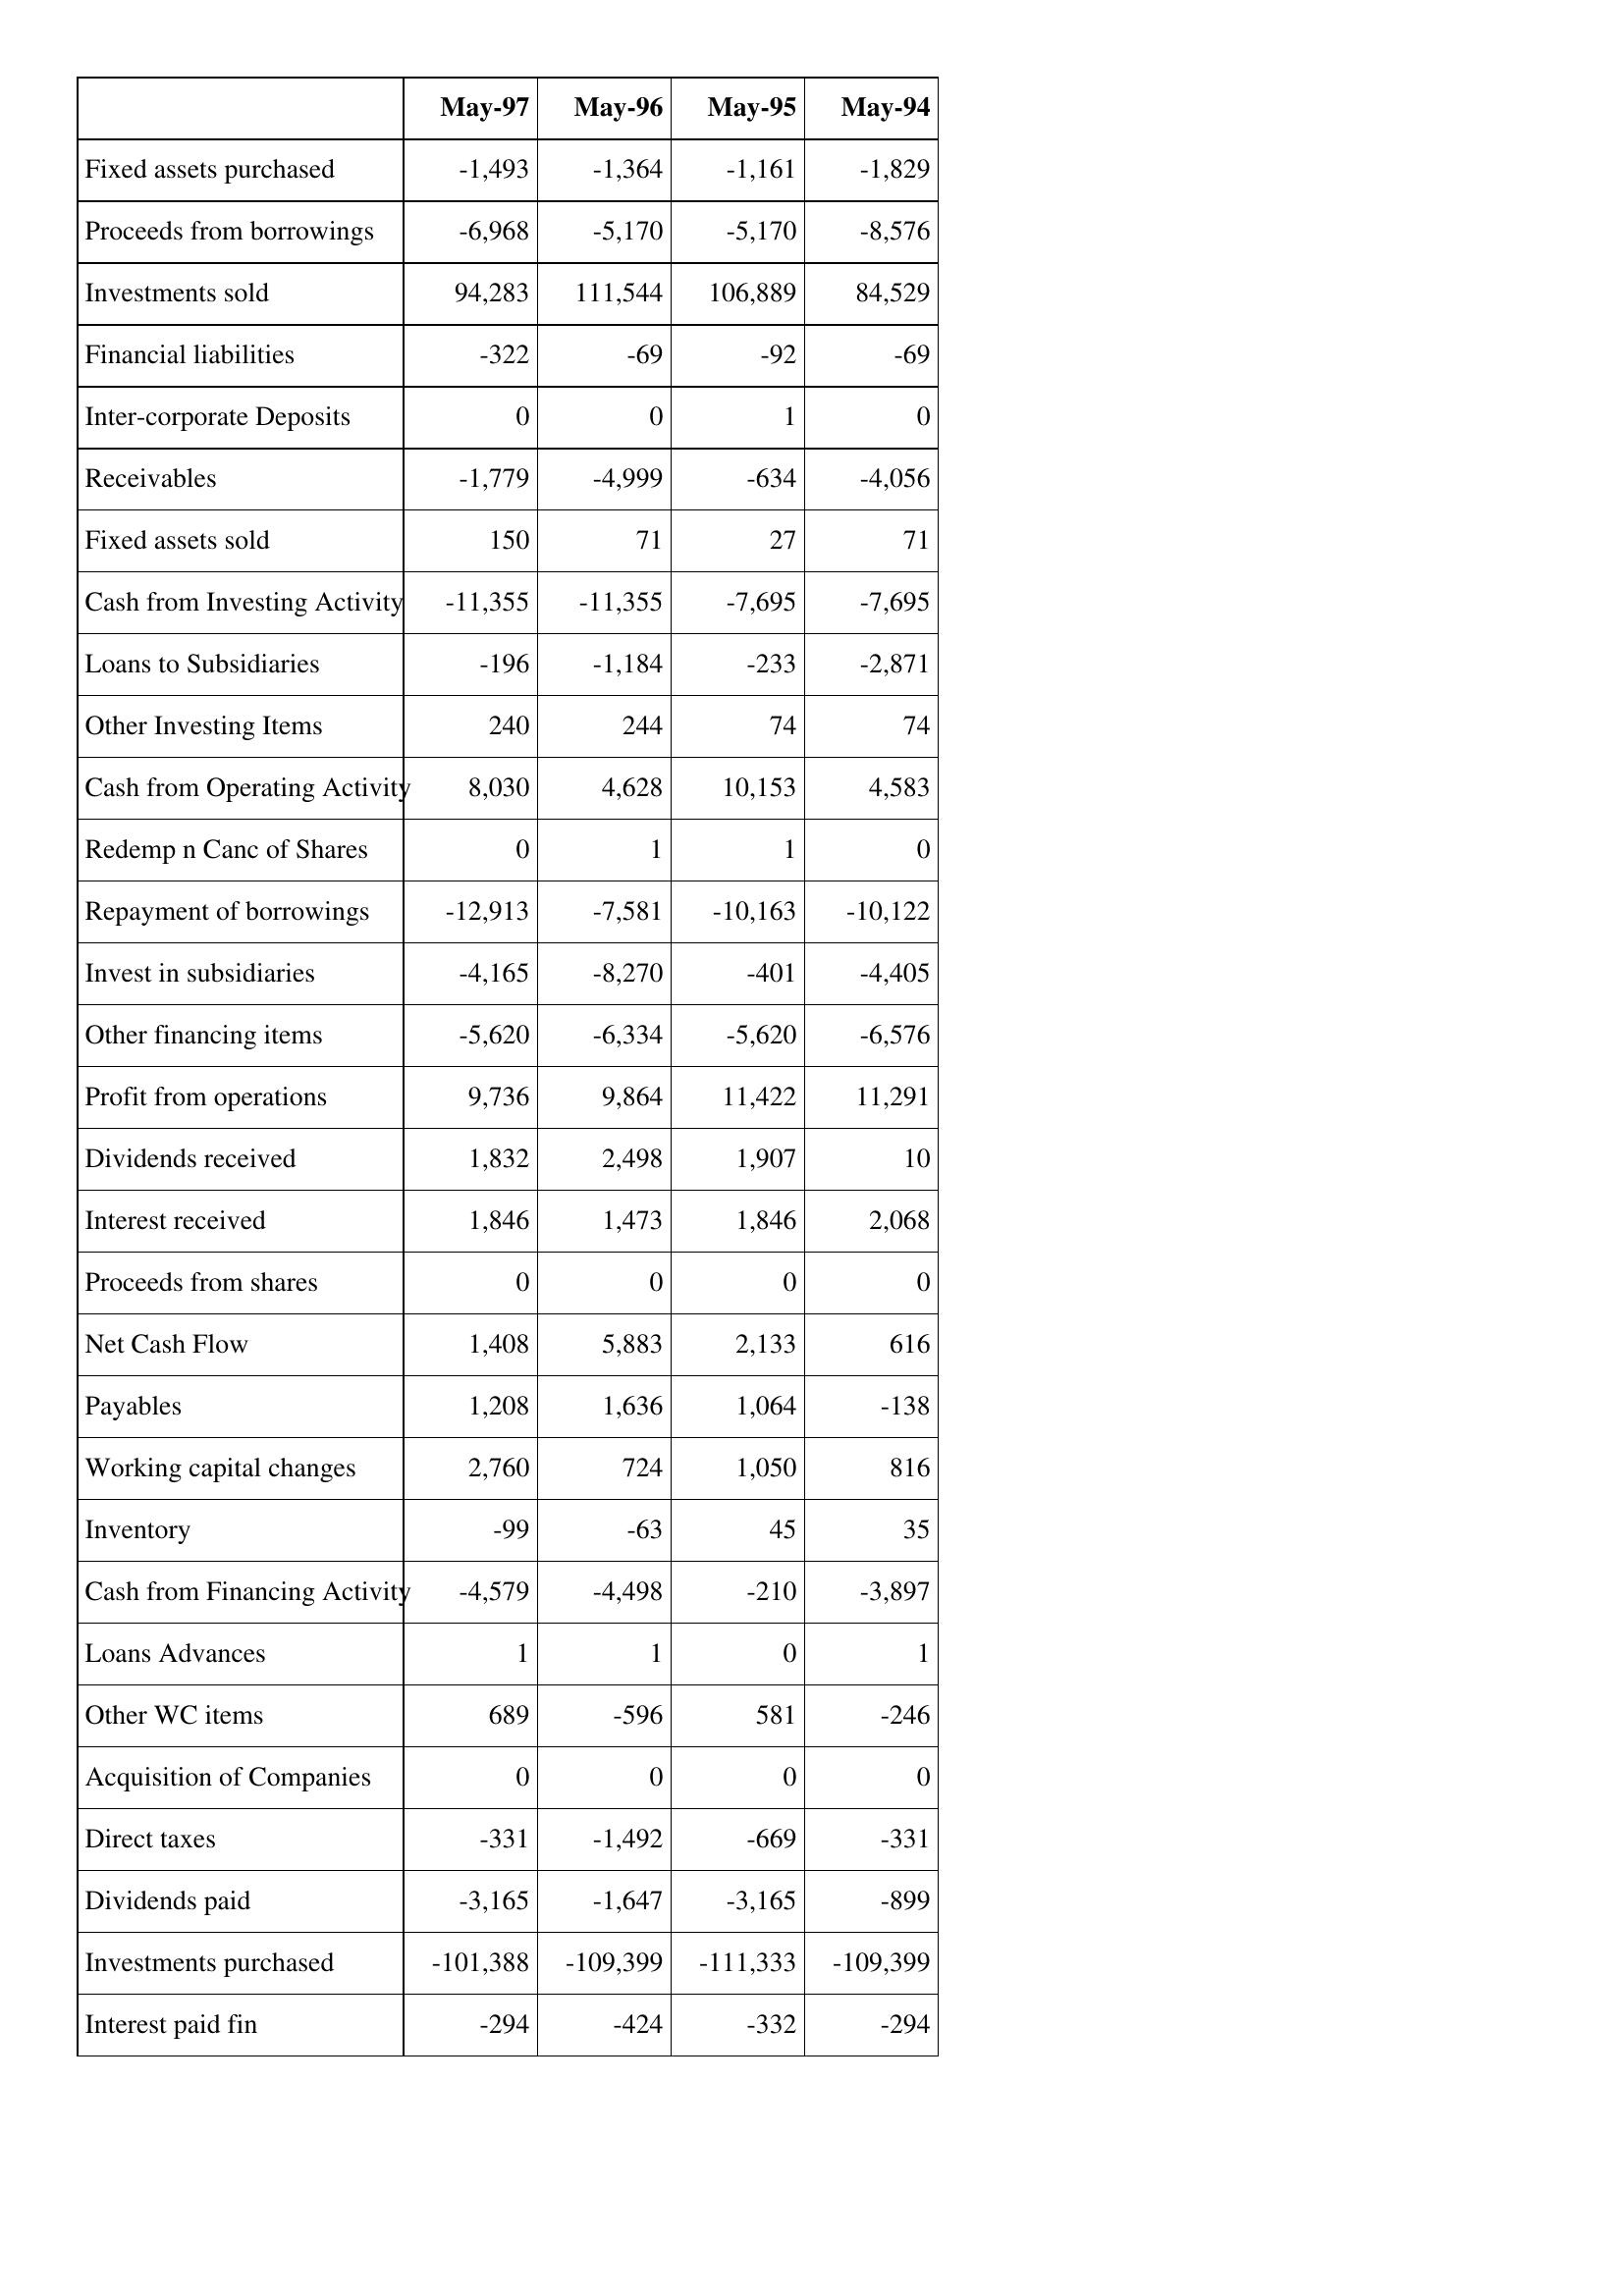
May-97: Cash Flows: Fixed assets purchased: -1,493
Proceeds from borrowings: -6,968
Investments sold: 94,283
Financial liabilities: -322
Inter-corporate Deposits: 0
Receivables: -1,779
Fixed assets sold: 150
Cash from Investing Activity: -11,355
Loans to Subsidiaries: -196
Other Investing Items: 240
Cash from Operating Activity: 8,030
Redemp n Canc of Shares: 0
Repayment of borrowings: -12,913
Invest in subsidiaries: -4,165
Other financing items: -5,620
Profit from operations: 9,736
Dividends received: 1,832
Interest received: 1,846
Proceeds from shares: 0
Net Cash Flow: 1,408
Payables: 1,208
Working capital changes: 2,760
Inventory: -99
Cash from Financing Activity: -4,579
Loans Advances: 1
Other WC items: 689
Acquisition of Companies: 0
Direct taxes: -331
Dividends paid: -3,165
Investments purchased: -101,388
Interest paid fin: -294
May-96: Cash Flows: Fixed assets purchased: -1,364
Proceeds from borrowings: -5,170
Investments sold: 111,544
Financial liabilities: -69
Inter-corporate Deposits: 0
Receivables: -4,999
Fixed assets sold: 71
Cash from Investing Activity: -11,355
Loans to Subsidiaries: -1,184
Other Investing Items: 244
Cash from Operating Activity: 4,628
Redemp n Canc of Shares: 1
Repayment of borrowings: -7,581
Invest in subsidiaries: -8,270
Other financing items: -6,334
Profit from operations: 9,864
Dividends received: 2,498
Interest received: 1,473
Proceeds from shares: 0
Net Cash Flow: 5,883
Payables: 1,636
Working capital changes: 724
Inventory: -63
Cash from Financing Activity: -4,498
Loans Advances: 1
Other WC items: -596
Acquisition of Companies: 0
Direct taxes: -1,492
Dividends paid: -1,647
Investments purchased: -109,399
Interest paid fin: -424
May-95: Cash Flows: Fixed assets purchased: -1,161
Proceeds from borrowings: -5,170
Investments sold: 106,889
Financial liabilities: -92
Inter-corporate Deposits: 1
Receivables: -634
Fixed assets sold: 27
Cash from Investing Activity: -7,695
Loans to Subsidiaries: -233
Other Investing Items: 74
Cash from Operating Activity: 10,153
Redemp n Canc of Shares: 1
Repayment of borrowings: -10,163
Invest in subsidiaries: -401
Other financing items: -5,620
Profit from operations: 11,422
Dividends received: 1,907
Interest received: 1,846
Proceeds from shares: 0
Net Cash Flow: 2,133
Payables: 1,064
Working capital changes: 1,050
Inventory: 45
Cash from Financing Activity: -210
Loans Advances: 0
Other WC items: 581
Acquisition of Companies: 0
Direct taxes: -669
Dividends paid: -3,165
Investments purchased: -111,333
Interest paid fin: -332
May-94: Cash Flows: Fixed assets purchased: -1,829
Proceeds from borrowings: -8,576
Investments sold: 84,529
Financial liabilities: -69
Inter-corporate Deposits: 0
Receivables: -4,056
Fixed assets sold: 71
Cash from Investing Activity: -7,695
Loans to Subsidiaries: -2,871
Other Investing Items: 74
Cash from Operating Activity: 4,583
Redemp n Canc of Shares: 0
Repayment of borrowings: -10,122
Invest in subsidiaries: -4,405
Other financing items: -6,576
Profit from operations: 11,291
Dividends received: 10
Interest received: 2,068
Proceeds from shares: 0
Net Cash Flow: 616
Payables: -138
Working capital changes: 816
Inventory: 35
Cash from Financing Activity: -3,897
Loans Advances: 1
Other WC items: -246
Acquisition of Companies: 0
Direct taxes: -331
Dividends paid: -899
Investments purchased: -109,399
Interest paid fin: -294